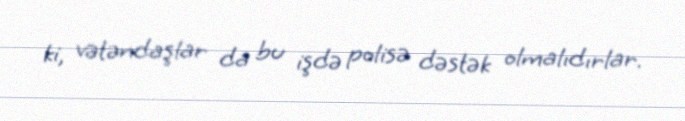
ki, vətəndaşlar da bu işdə polisə dəstək olmalıdırlar.